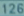
Transcribetheimage